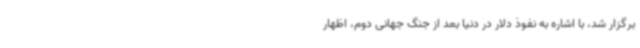
برگزار شد، با اشاره به نفوذ دلار در دنیا بعد از جنگ جهانی دوم، اظهار